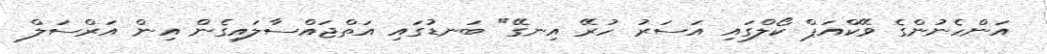
އަންހެނުންގެ ވޭކްއަޕް ކޯލްގައި އަސަރު ހުރޭ އިނގޭ" ބަނޑުގައި އަތްޖައްސާލައިގެން އިން އަރްސަލް